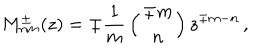
LaTeX: M _ { n m } ^ { \pm } ( z ) = \mp { \frac { 1 } { m } } \left( { \mp m \atop n } \right) z ^ { \mp m - n } \, ,